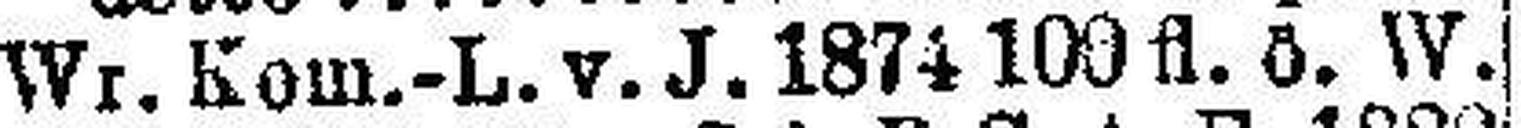
Wr. Kom.-L. v. J. 1874 100 fl. ö. W.